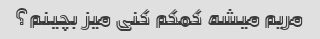
مریم میشه کمکم کنی میز بچینم؟